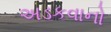
અડકવાનો